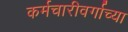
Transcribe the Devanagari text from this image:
कर्मचारीवर्गाच्या